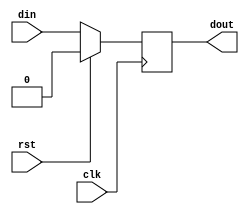
module dff(clk,rst,din,dout);
 input clk,rst;
 input  din;
 output reg dout;
 
 //behaviroal modelling
 //we use procedural blocks
 //always , initial
 //always - design initial - tb
 
 /*
 1. synchronous : they are always dependent only on clock.
 2. asynchrnous : they are dependent either clock or any other signal
 */
 
 //sync dff
 //rst 1 active high reset
 //rst 0 active low reset
 always @(posedge clk)
 begin
  if(rst==1) dout<=0; //<= NBA 
  else       dout<=din;
 
 end
 



endmodule